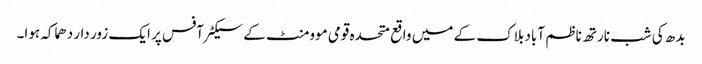
بدھ کی شب نارتھ ناظم آباد بلاک کے میں واقع متحدہ قومی موومنٹ کے سیکٹرآفس پر ایک زور دار دھماکہ ہوا۔